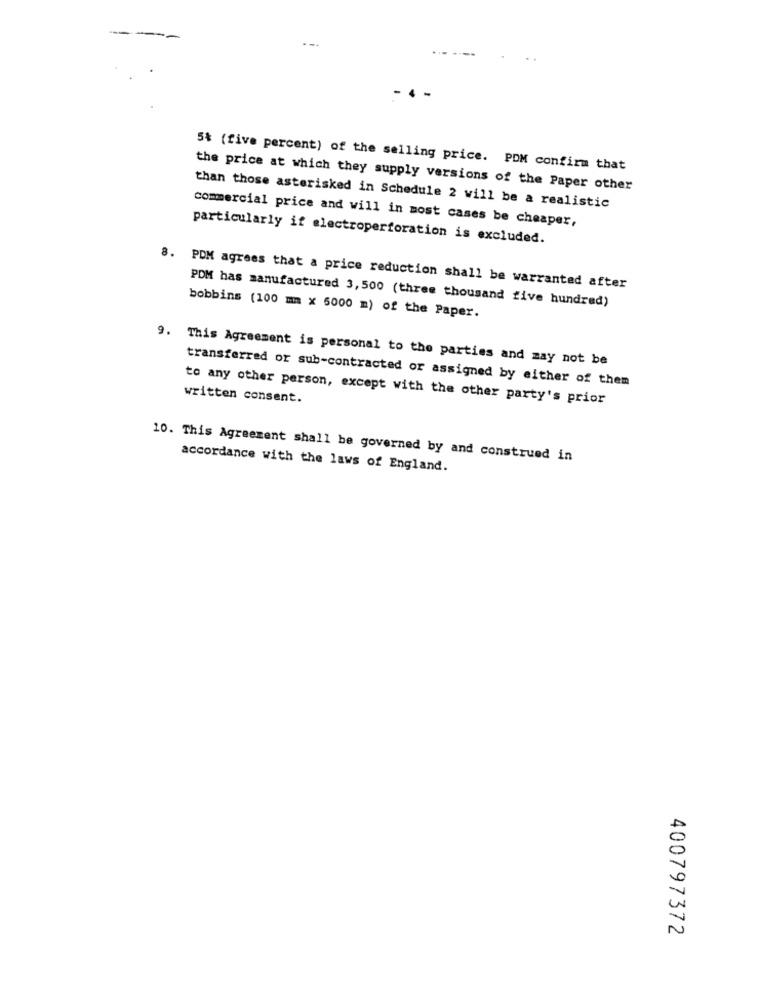
. .
5% (five percent) of the selling price. PDM confirm that
the price at which they supply versions of the Paper other
than those asterisked in Schedule 2 will be a realistic
commercial price and will in most cases be cheaper,
particularly if electroperforation is excluded.
8. PDM agrees that a price reduction shall be warranted after
PDM has manufactured 3,500 (three thousand five hundred)
bobbins (100 mm x 5000 m) of the Paper.
9. This Agreement is personal to the parties and may not be
transferred or sub-contracted or assigned by either of them
written consent.
to any other person, except with the other party's prior
10. This Agreement shall be governed by and construed in
accordance with the laws of England.
400797372